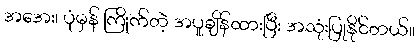
အအေး၊ ပုံမှန် ကြိုက်တဲ့ အပူချိန်ထားပြီး အသုံးပြုနိုင်တယ်။